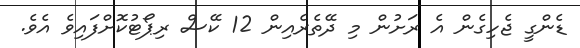
ޑެންގީ ޖެހިގެން އެ ރަށުން މި ދޭތެރެއިން 12 ކޭސް ރިޕޯޓުކޮށްފައިވެ އެވެ.